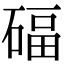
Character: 𥔁